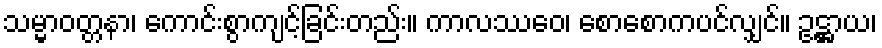
သမ္မာဝတ္တနာ၊ ကောင်းစွာကျင့်ခြင်းတည်း။ ကာလဿေဝ၊ စောစောကပင်လျှင်။ ဥဋ္ဌာယ၊